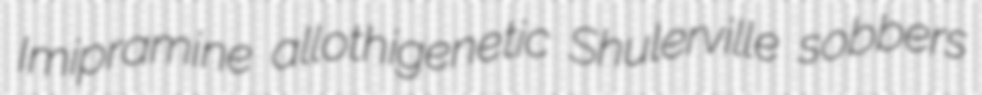
Imipramine allothigenetic Shulerville sobbers